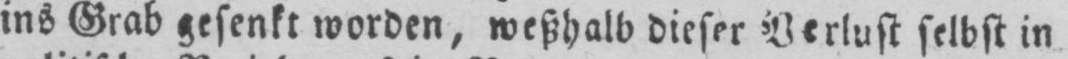
ins Grab gesenkt worden, weßhalb dieser Verlust selbst in